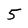
Character: 5